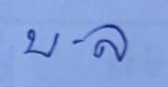
บ - ล